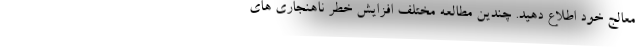
معالج خود اطلاع دهید. چندین مطالعه مختلف افزایش خطر ناهنجاری‌ های